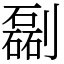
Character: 㔏